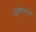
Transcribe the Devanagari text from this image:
परिषदेनुसार